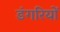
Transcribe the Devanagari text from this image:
डंगरियों